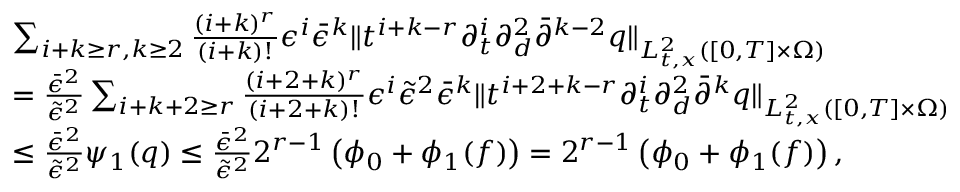
\begin{array} { r l } & { \sum _ { i + k \ge r , k \ge 2 } \frac { ( i + k ) ^ { r } } { ( i + k ) ! } \epsilon ^ { i } \bar { \epsilon } ^ { k } \| t ^ { i + k - r } \partial _ { t } ^ { i } \partial _ { d } ^ { 2 } \bar { \partial } ^ { k - 2 } q \| _ { L _ { t , x } ^ { 2 } ( [ 0 , T ] \times \Omega ) } } \\ & { = \frac { \bar { \epsilon } ^ { 2 } } { \tilde { \epsilon } ^ { 2 } } \sum _ { i + k + 2 \ge r } \frac { ( i + 2 + k ) ^ { r } } { ( i + 2 + k ) ! } \epsilon ^ { i } \tilde { \epsilon } ^ { 2 } \bar { \epsilon } ^ { k } \| t ^ { i + 2 + k - r } \partial _ { t } ^ { i } \partial _ { d } ^ { 2 } \bar { \partial } ^ { k } q \| _ { L _ { t , x } ^ { 2 } ( [ 0 , T ] \times \Omega ) } } \\ & { \le \frac { \bar { \epsilon } ^ { 2 } } { \tilde { \epsilon } ^ { 2 } } \psi _ { 1 } ( q ) \le \frac { \bar { \epsilon } ^ { 2 } } { \tilde { \epsilon } ^ { 2 } } 2 ^ { r - 1 } \left( \phi _ { 0 } + \phi _ { 1 } ( f ) \right) = 2 ^ { r - 1 } \left( \phi _ { 0 } + \phi _ { 1 } ( f ) \right) , } \end{array}